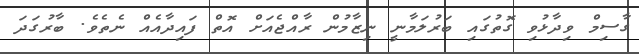
ގާސިމް ވިދާޅުވި ގޮތުގަައި ބަރުލަމާނީ ނިޒާމުން ރާއްޖެއަށް އޮތް ފައިދާއެއް ނެތެވެ. ބާރުގަދަ